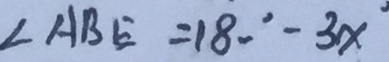
\angle A B E = 1 8 0 ^ { \circ } - 3 x ^ { \circ }